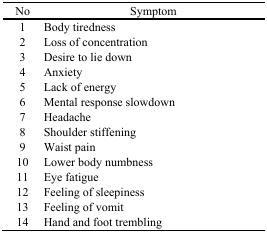
<table><thead><tr><td><b>No</b></td><td><b>Symptom</b></td></tr></thead><tbody><tr><td>1</td><td>Body tiredness</td></tr><tr><td>2</td><td>Loss of concentration</td></tr><tr><td>3</td><td>Desire to lie down</td></tr><tr><td>4</td><td>Anxiety</td></tr><tr><td>5</td><td>Lack of energy</td></tr><tr><td>6</td><td>Mental response slowdown</td></tr><tr><td>7</td><td>Headache</td></tr><tr><td>8</td><td>Shoulder stiffening</td></tr><tr><td>9</td><td>Waist pain</td></tr><tr><td>10</td><td>Lower body numbness</td></tr><tr><td>11</td><td>Eye fatigue</td></tr><tr><td>12</td><td>Feeling of sleepiness</td></tr><tr><td>13</td><td>Feeling of vomit</td></tr><tr><td>14</td><td>Hand and foot trembling</td></tr></tbody></table>